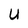
Character: U